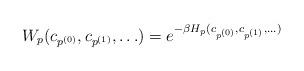
LaTeX: \begin{align*}W_p(c_{p^{(0)}},c_{p^{(1)}},\ldots)=e^{-\beta H_p(c_{p^{(0)}},c_{p^{(1)}},\ldots)}\end{align*}